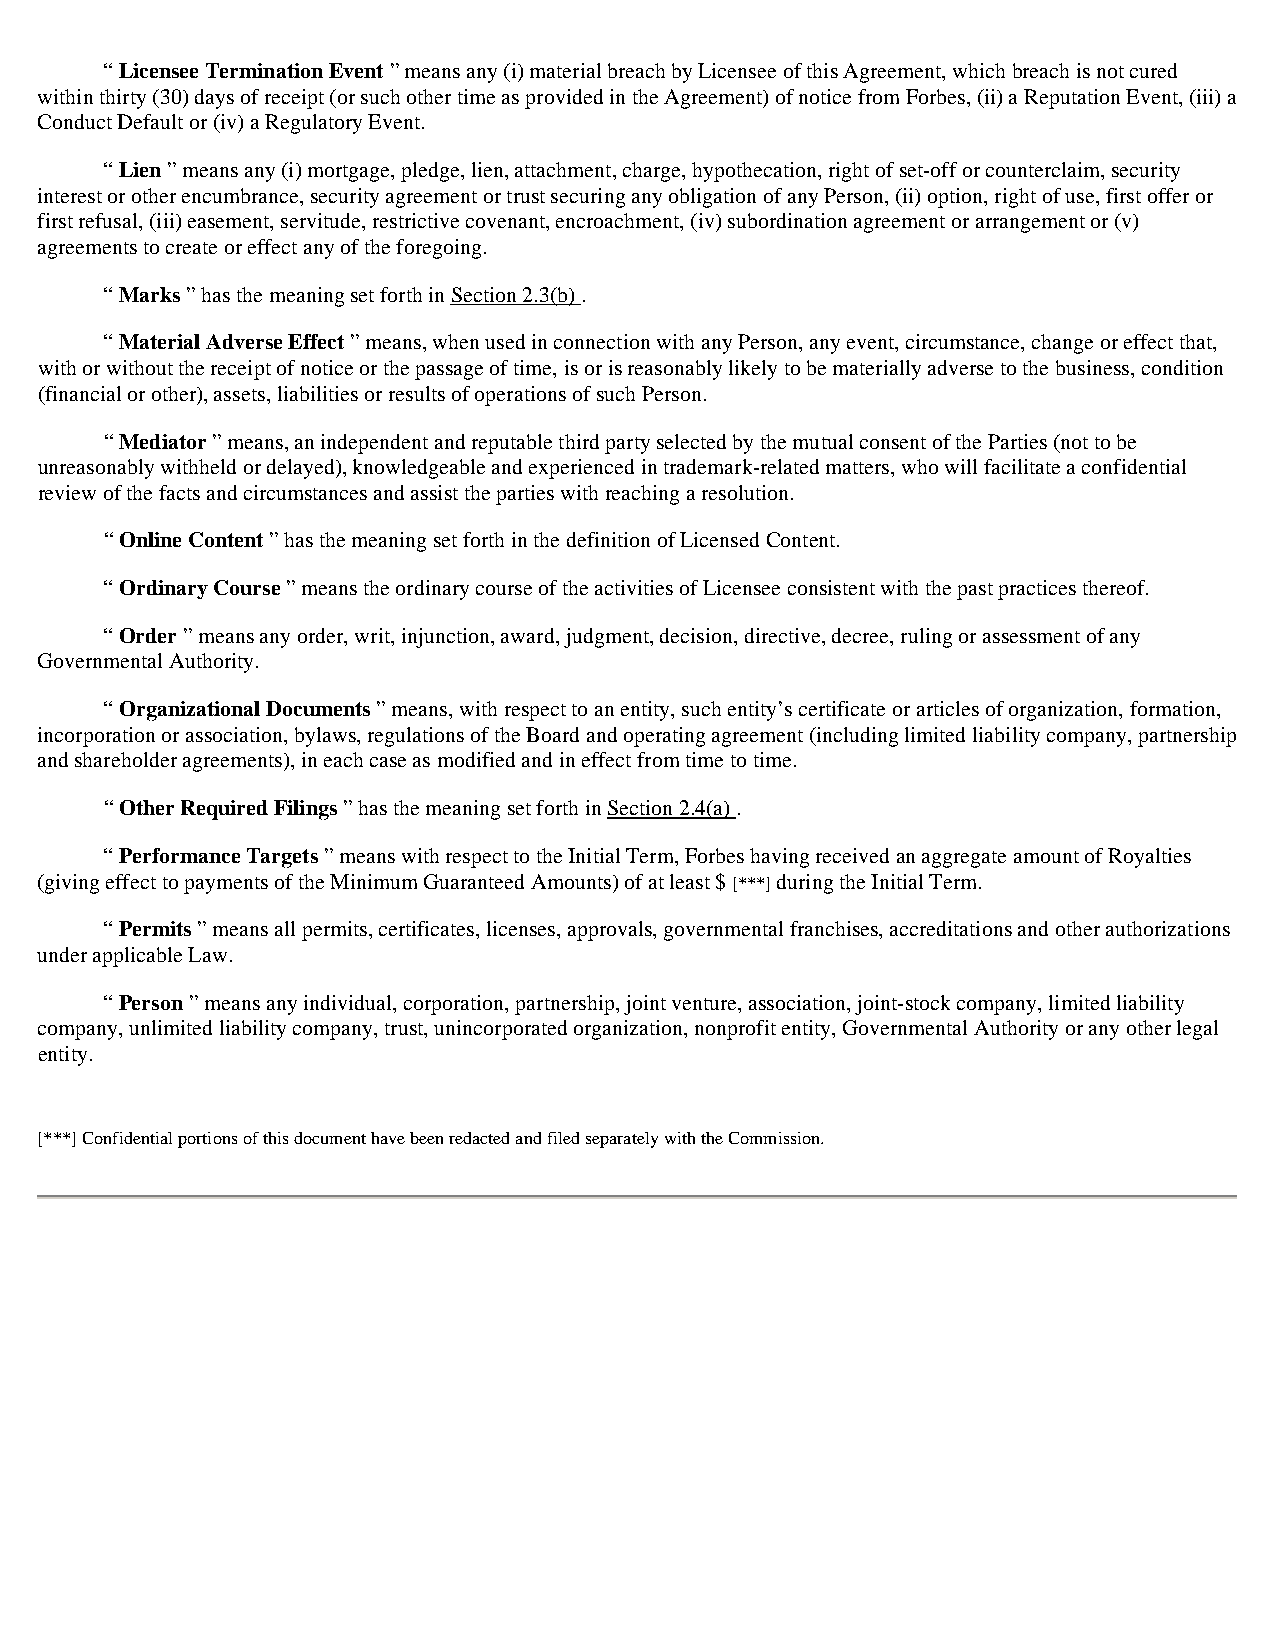
“ Licensee Termination Event ” means any (i) material breach by Licensee of this Agreement, which breach is not cured
 within thirty (30) days of receipt (or such other time as provided in the Agreement) of notice from Forbes, (ii) a Reputation Event, (iii) a
 Conduct Default or (iv) a Regulatory Event.
 “ Lien ” means any (i) mortgage, pledge, lien, attachment, charge, hypothecation, right of set-off or counterclaim, security
 interest or other encumbrance, security agreement or trust securing any obligation of any Person, (ii) option, right of use, first offer or
 first refusal, (iii) easement, servitude, restrictive covenant, encroachment, (iv) subordination agreement or arrangement or (v)
 agreements to create or effect any of the foregoing.
 “ Marks ” has the meaning set forth in Section 2.3(b) .
 “ Material Adverse Effect ” means, when used in connection with any Person, any event, circumstance, change or effect that,
 with or without the receipt of notice or the passage of time, is or is reasonably likely to be materially adverse to the business, condition
 (financial or other), assets, liabilities or results of operations of such Person.
 “ Mediator ” means, an independent and reputable third party selected by the mutual consent of the Parties (not to be
 unreasonably withheld or delayed), knowledgeable and experienced in trademark-related matters, who will facilitate a confidential
 review of the facts and circumstances and assist the parties with reaching a resolution.
 “ Online Content ” has the meaning set forth in the definition of Licensed Content.
 “ Ordinary Course ” means the ordinary course of the activities of Licensee consistent with the past practices thereof.
 “ Order ” means any order, writ, injunction, award, judgment, decision, directive, decree, ruling or assessment of any
 Governmental Authority.
 “ Organizational Documents ” means, with respect to an entity, such entity’s certificate or articles of organization, formation,
 incorporation or association, bylaws, regulations of the Board and operating agreement (including limited liability company, partnership
 and shareholder agreements), in each case as modified and in effect from time to time.
 “ Other Required Filings ” has the meaning set forth in Section 2.4(a) .
 “ Performance Targets ” means with respect to the Initial Term, Forbes having received an aggregate amount of Royalties
 (giving effect to payments of the Minimum Guaranteed Amounts) of at least $ [***] during the Initial Term.
 “ Permits ” means all permits, certificates, licenses, approvals, governmental franchises, accreditations and other authorizations
 under applicable Law.
 “ Person ” means any individual, corporation, partnership, joint venture, association, joint-stock company, limited liability
 company, unlimited liability company, trust, unincorporated organization, nonprofit entity, Governmental Authority or any other legal
 entity.
 [***] Confidential portions of this document have been redacted and filed separately with the Commission.